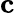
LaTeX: \textbf{c}